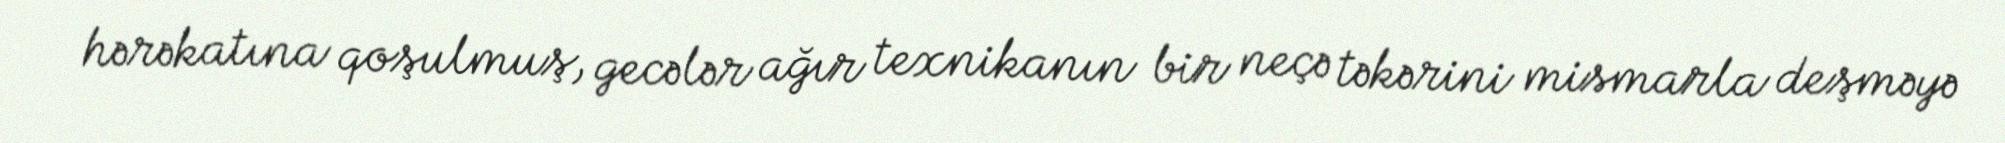
hərəkatına qoşulmuş, gecələr ağır texnikanın bir neçə təkərini mismarla deşməyə